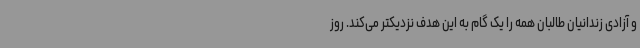
و آزادی زندانیان طالبان همه را یک گام به این هدف نزدیکتر می‌کند. روز